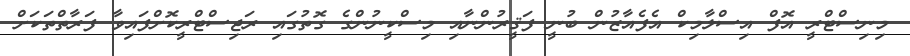
މިނިސްޓްރީ އޮފް އިސްލާމިކް އެފެއާޒުން ބުނީ ފަޤީރުންނާއި މިސްކީނުންގެ ގޮތުގައި ރަޖިސްޓްރީކޮށްފައިވާ ފަރާތްތަކަށް